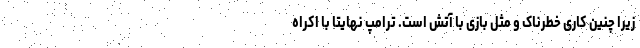
زیرا چنین کاری خطرناک و مثل بازی با آتش است. ترامپ نهایتا با اکراه